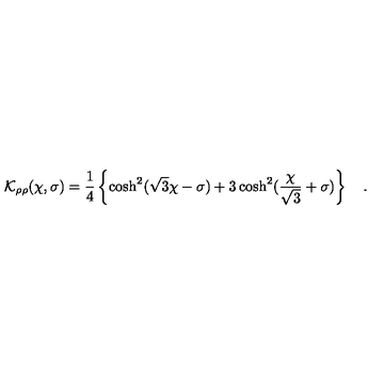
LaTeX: { \cal K } _ { \rho \rho } ( \chi , \sigma ) = \frac { 1 } { 4 } \left\{ \cosh ^ { 2 } ( \sqrt { 3 } \chi - \sigma ) + 3 \cosh ^ { 2 } ( \frac { \chi } { \sqrt { 3 } } + \sigma ) \right\} \quad .